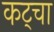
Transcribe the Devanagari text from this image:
कट्चा